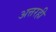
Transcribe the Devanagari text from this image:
अत्तरही